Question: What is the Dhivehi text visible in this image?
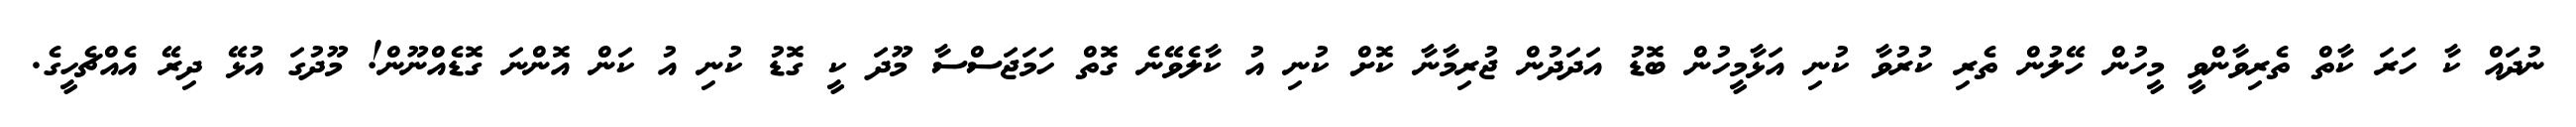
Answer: ނުދައް ކާ ހަރަ ކާތް ތެރިވާންވީ މީހުން ހޭލުން ތެރި ކުރުވާ ކުނި އަޅާމީހުން ބޮޑު އަދަދުން ޖުރިމާނާ ކޮށް ކުނި އު ކާލެވޭނެ ގޮތް ހަމަޖަސްސާ މޫދަ ކީ ގޮޑު ކުނި އު ކަން އޮންނަ ގޮޑެއްނޫން! މޫދުގަ އުޅޭ ދިރޭ އެއްޗެހީގެ.